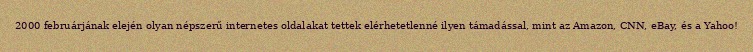
2000 februárjának elején olyan népszerű internetes oldalakat tettek elérhetetlenné ilyen támadással, mint az Amazon, CNN, eBay, és a Yahoo!